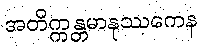
အတိက္ကန္တမာနုဿကေန